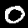
Digit: 0